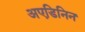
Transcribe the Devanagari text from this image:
अएडिनिन